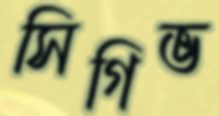
সিগিভ